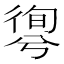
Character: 𢕊